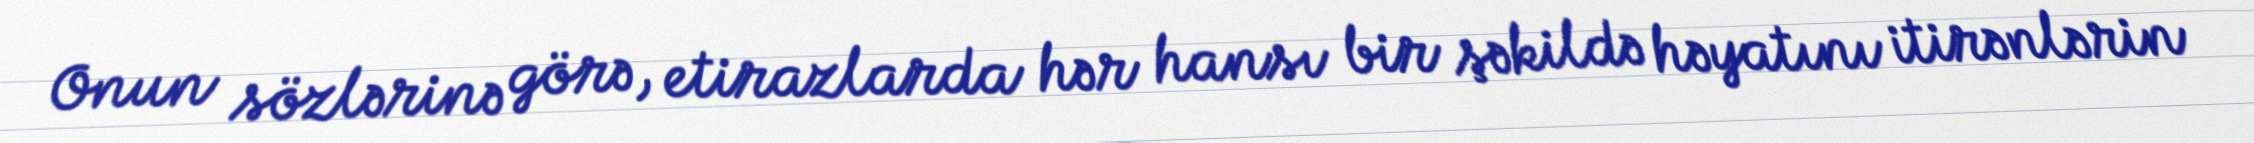
Onun sözlərinə görə, etirazlarda hər hansı bir şəkildə həyatını itirənlərin